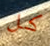
كل